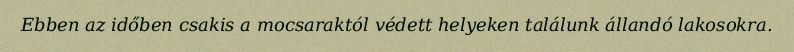
Ebben az időben csakis a mocsaraktól védett helyeken találunk állandó lakosokra.